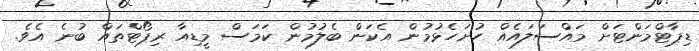
ޑިޕާޓްމަންޓަށް މައްސަލައެއް ހުށަހެޅުމުން އެކަން ބެލުމުން ކަމަސް މީޑިއާ ރިޕޯޓްތައް ބުނެ އެވެ.